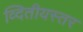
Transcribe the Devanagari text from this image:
व्दितीयस्तर